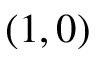
( 1 , 0 )